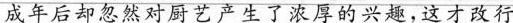
成年后却忽然对厨艺产生了浓厚的兴趣，这才改行